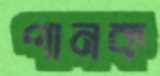
পানক